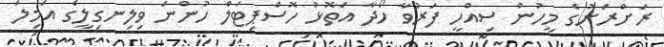
ރަށްރަށުގެ މީހުން ސިއްހީ ފަރުވާ ހޯދާ އަތޮޅު ހޮސްޕިޓަލް ހުންނަ ވިލިނގިލީގެ އަމިލަ